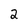
Character: 2